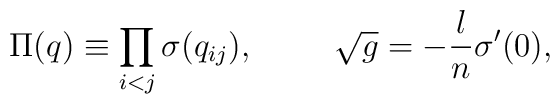
\Pi(q) \equiv \prod_{i < j}\sigma(q_{i j}), \hspace{1cm} \sqrt{g} = -\frac{l}{n} \sigma^\prime(0),